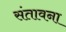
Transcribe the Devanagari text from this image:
संतावना